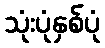
သုံးပုံနှစ်ပုံ